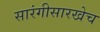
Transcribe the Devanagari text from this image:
सारंगीसारखेच